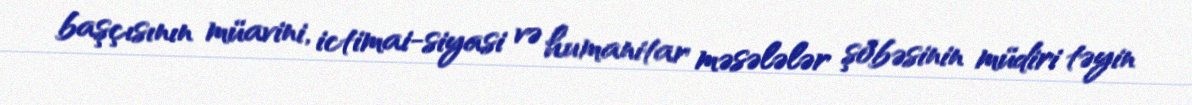
başçısının müavini, ictimai-siyasi və humanitar məsələlər şöbəsinin müdiri təyin